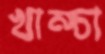
খাম্‌চা